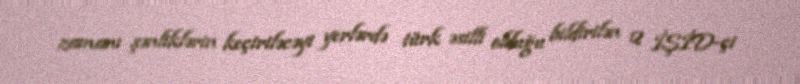
zamanı şənliklərin keçiriləcəyi yerlərdə türk əsilli olduğu bildirilən 2 İŞİD-çi